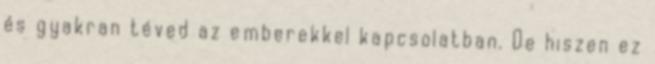
és gyakran téved az emberekkel kapcsolatban. De hiszen ez